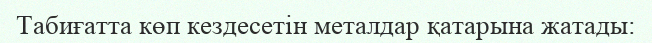
Табиғатта көп кездесетін металдар қатарына жатады: